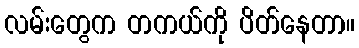
လမ်းတွေက တကယ်ကို ပိတ်နေတာ။